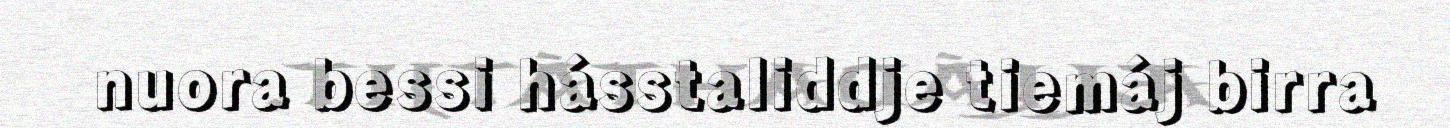
nuora bessi hásstaliddje tiemáj birra